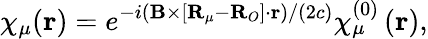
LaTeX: \chi_{\mu}(\mathbf{r})=e^{-i(\mathbf{B}\times[\mathbf{R}_{\mu}-\mathbf{R}_{O}]\cdot\mathbf{r})/(2c)}\chi_{\mu}^{(0)}\left(\mathbf{r}\right),